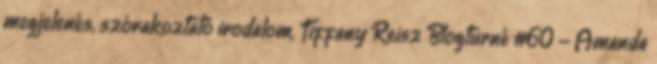
megjelenés, szórakoztató irodalom, Tiffany Reisz Blogturné #60 - Amanda